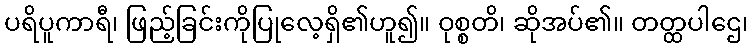
ပရိပူကာရီ၊ ဖြည့်ခြင်းကိုပြုလေ့ရှိ၏ဟူ၍။ ဝုစ္စတိ၊ ဆိုအပ်၏။ တတ္ထပါဌေ၊